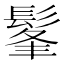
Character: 髼